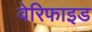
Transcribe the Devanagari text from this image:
वेरिफाइड